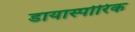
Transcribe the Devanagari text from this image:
डायास्पोरिक